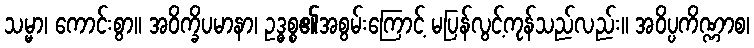
သမ္မာ၊ ကောင်းစွာ။ အဝိက္ခိပမာနာ၊ ဥဒ္ဓစ္စ၏အစွမ်းကြောင့် မပြန်လွင့်ကုန်သည်လည်း။ အဝိပ္ပကိဏ္ဏာစ၊